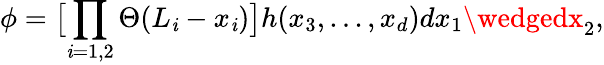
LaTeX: \phi=\bigl[\prod_{\mathit{i}=1,2}\Theta(L_{\mathit{i}}-x_{\mathit{i}})\bigr]h(x_{3},...,x_{d})dx_{1}\wedgedx_{2},